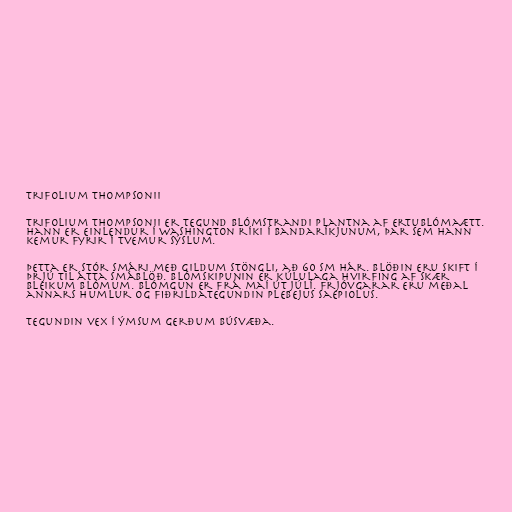
Trifolium thompsonii

Trifolium thompsonii er tegund blómstrandi plantna af ertublómaætt.
Hann er einlendur í Washington ríki í Bandaríkjunum, þar sem hann
kemur fyrir í tvemur sýslum.

Þetta er stór smári með gildum stöngli, að 60 sm hár. Blöðin eru skift í
þrjú til átta smáblöð. Blómskipunin er kúlulaga hvirfing af skær
bleikum blómum. Blómgun er frá maí út júlí. Frjóvgarar eru meðal
annars humlur og fiðrildategundin Plebejus saepiolus.

Tegundin vex í ýmsum gerðum búsvæða.